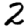
Digit: 2